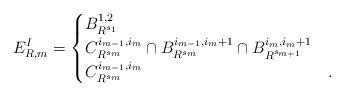
LaTeX: \begin{align*} E^I_{R, m} = \begin{cases} B_{R^{s_1}}^{1, 2} &\\ C^{i_{m - 1}, i_m}_{R^{s_m}} \cap B^{i_{m - 1}, i_m + 1}_{R^{s_m}} \cap B_{R^{s_{m + 1}}}^{i_m, i_m + 1} & \\ C^{i_{m - 1}, i_m}_{R^{s_m}} & . \end{cases} \end{align*}